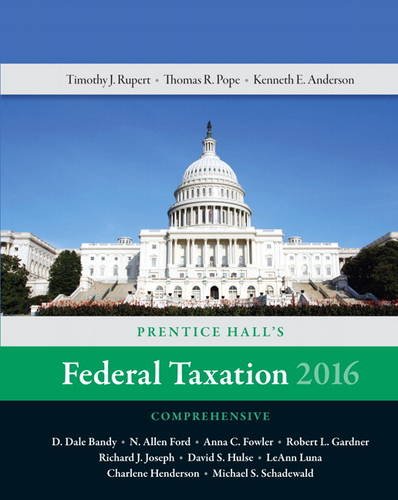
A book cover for Prentice Hall's Federal Taxation 2016 Comprehensive (29th Edition); Thomas R. Pope; Law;